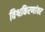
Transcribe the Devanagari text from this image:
विश्वकिरणांवर